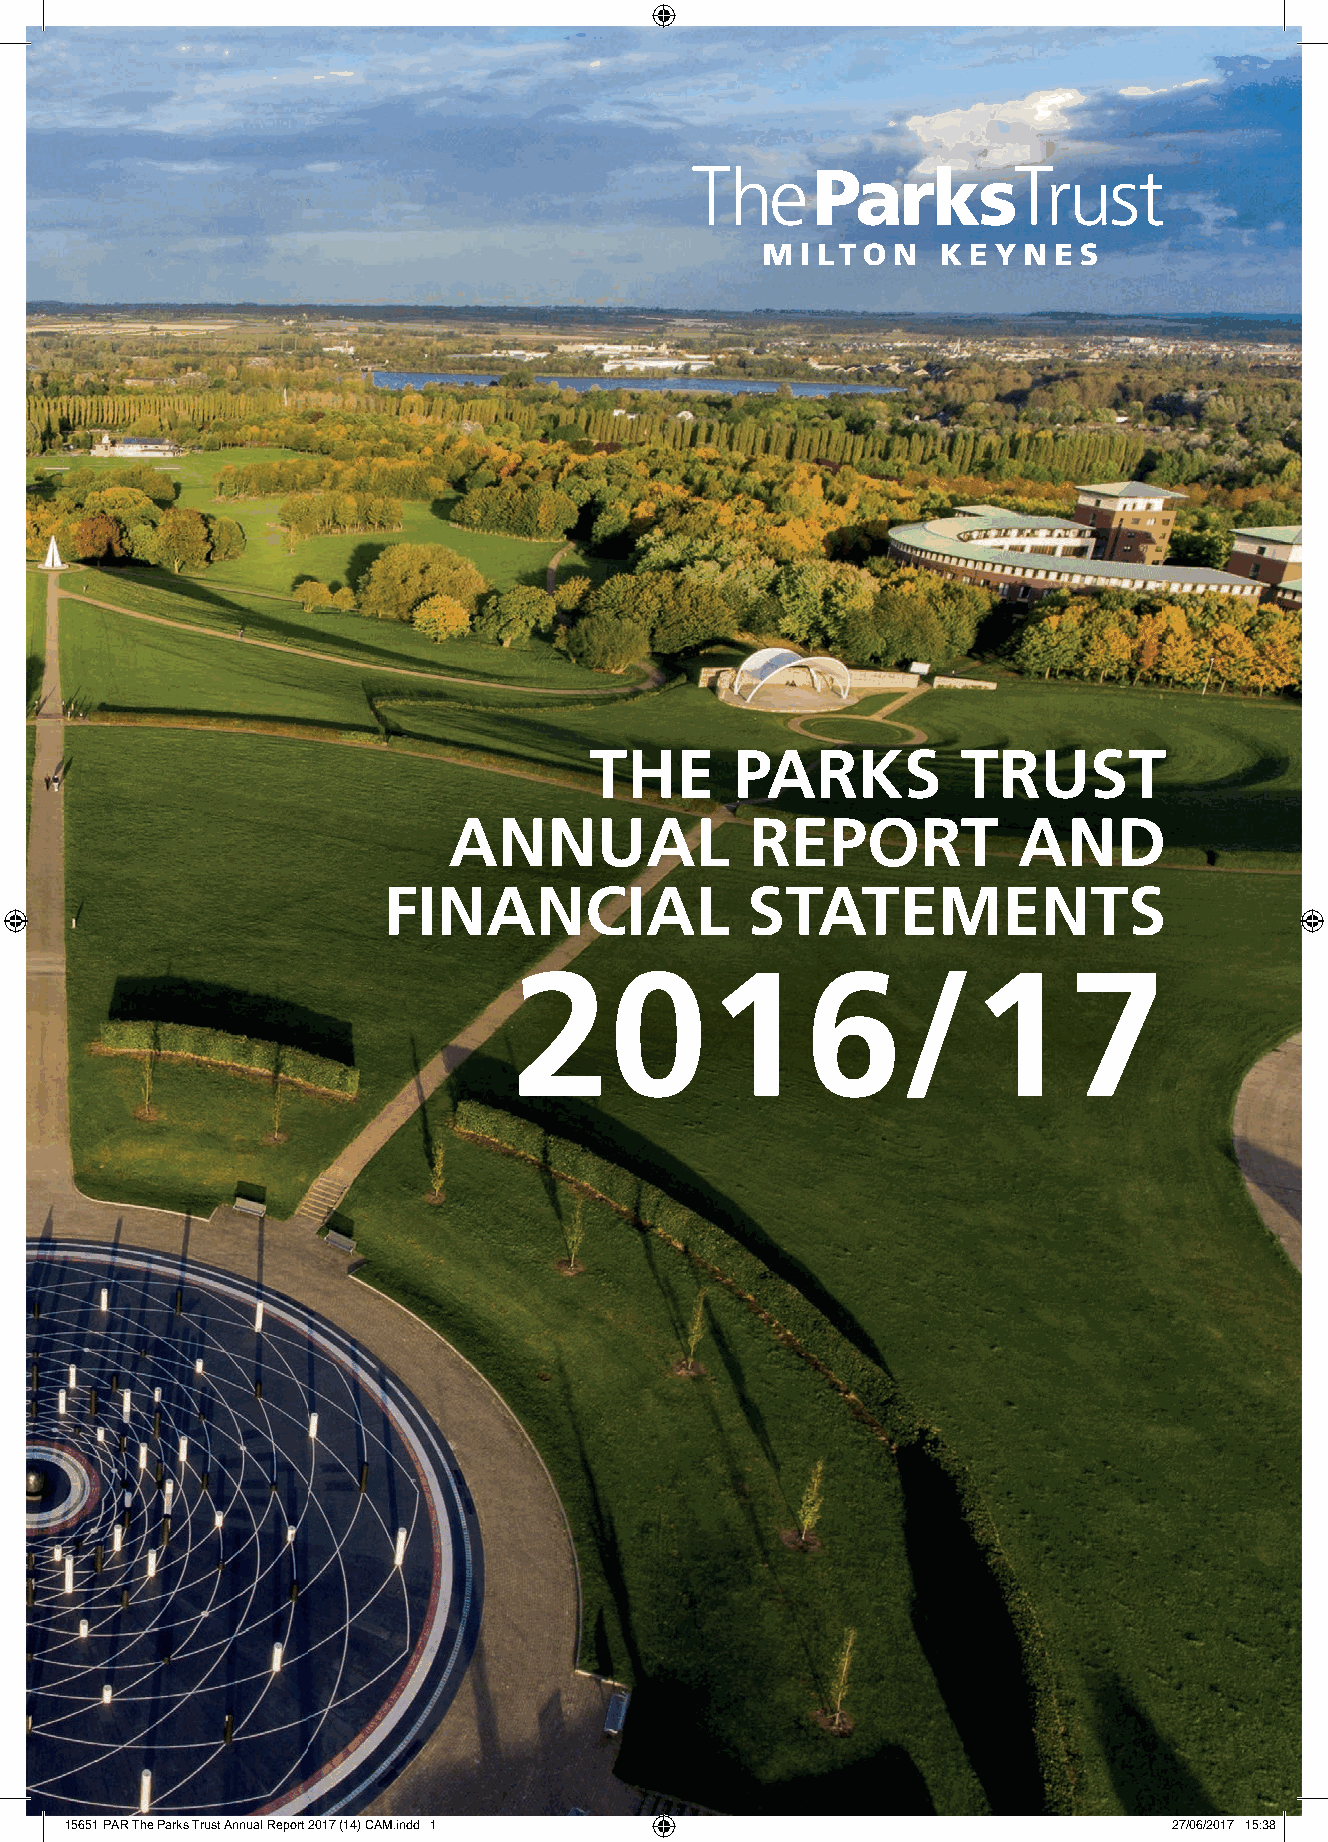
THE       PARKS          TRUST
 ANNUAL              REPORT           AND
 FINANCIAL               STATEMENTS
 2016/17
 15651 PAR The Parks Trust Annual Report 2017 (14) CAM.indd 1              27/06/2017 15:38